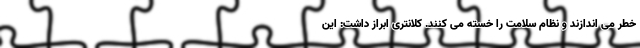
خطر می اندازند و نظام سلامت را خسته می کنند. کلانتری ابراز داشت: این